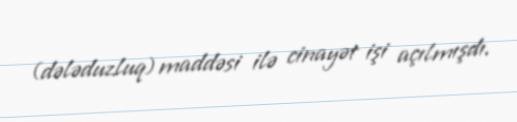
(dələduzluq) maddəsi ilə cinayət işi açılmışdı.